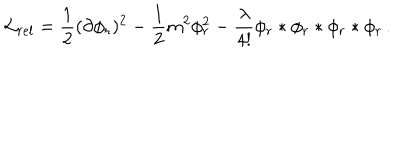
LaTeX: { \cal L } _ { r e l } = \frac { 1 } { 2 } ( \partial \phi _ { r } ) ^ { 2 } - \frac { 1 } { 2 } m ^ { 2 } \phi _ { r } ^ { 2 } - \frac { \lambda } { 4 ! } \phi _ { r } * \phi _ { r } * \phi _ { r } * \phi _ { r } \, .